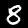
Label: 8